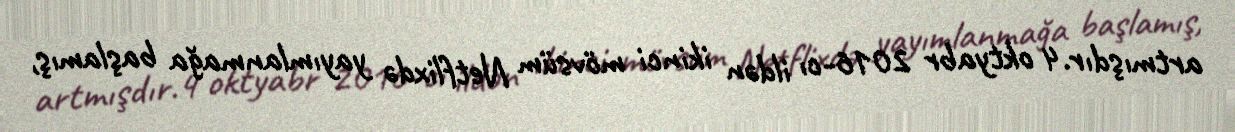
artmışdır.4 oktyabr 2016-cı ildən ikinci mövsüm Netflixdə yayımlanmağa başlamış,